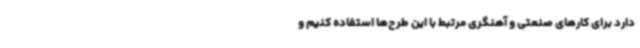
دارد برای کارهای صنعتی و آهنگری مرتبط با این طرح‌ها استفاده کنیم و